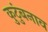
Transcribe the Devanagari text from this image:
कुटुंबनाव